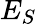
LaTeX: E_{S}